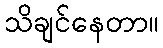
သိချင်နေတာ။